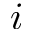
i